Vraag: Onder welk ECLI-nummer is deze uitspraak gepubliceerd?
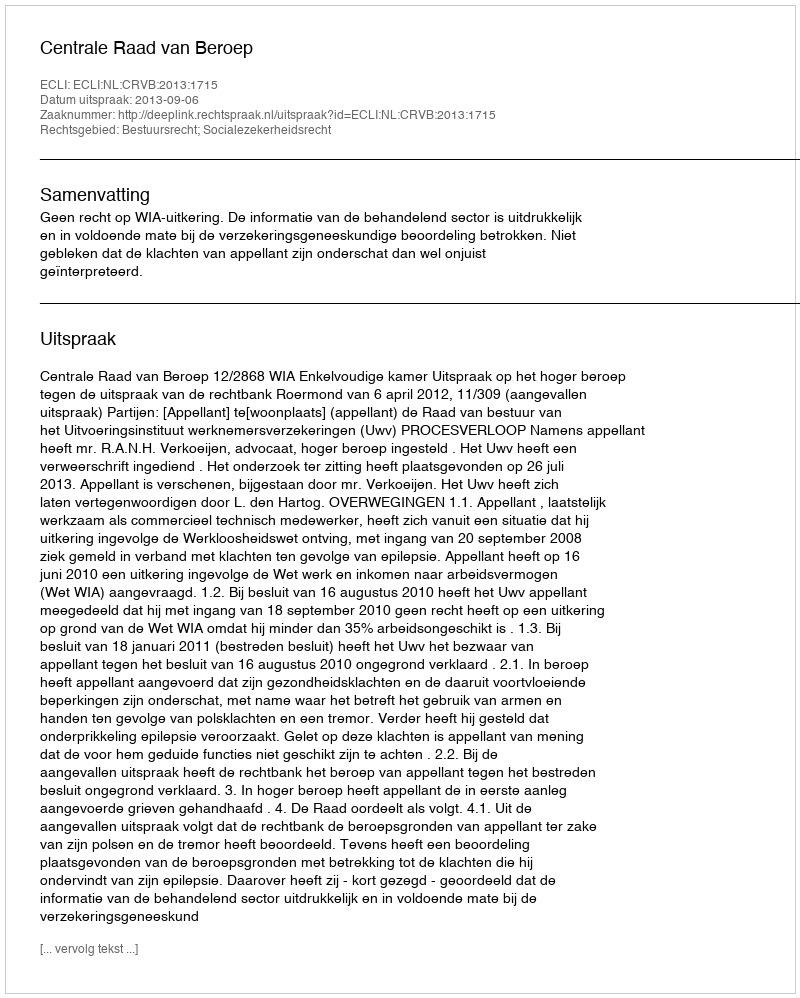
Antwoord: ECLI:NL:CRVB:2013:1715